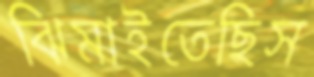
ঝিমাইতেছিস